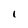
Character: I